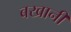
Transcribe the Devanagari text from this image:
बखानी